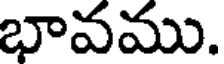
భావము.